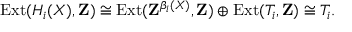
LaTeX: \operatorname { E x t } ( H _ { i } ( X ) , \mathbf { Z } ) \cong \operatorname { E x t } ( \mathbf { Z } ^ { \beta _ { i } ( X ) } , \mathbf { Z } ) \oplus \operatorname { E x t } ( T _ { i } , \mathbf { Z } ) \cong T _ { i } .